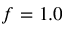
f = 1 . 0